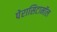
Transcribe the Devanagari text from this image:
पेरासिटामॉल